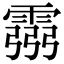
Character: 霛